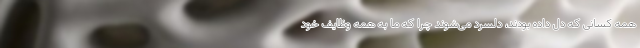
همه کسانی که دل داده بودند، دلسرد می‌شوند چرا که ما به همه وظایف خود